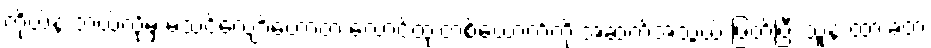
ကိုယ်နဲ့ ဘယ်လိုမှ မသင့်လျော်တော့တဲ့ လောင်ထုံးတစ်ယောက်ကို အဆက်အသွယ် ဖြတ်ပြီး သူနဲ့ ထားခဲ့တဲ့